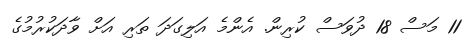
11 މަސް 18 ދުވަސް ކުރިން. އެންމެ އަލިގަދަ ތަރި އަށް ވާދަކުރުމުގެ